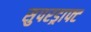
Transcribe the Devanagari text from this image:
सुपरड्राफ्ट